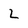
Character: L